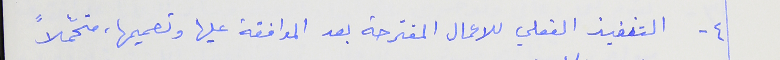
٤ - التنفيذ الفعلي للاعمال المقترحة بعد الموافقة عليها وتصميمها، متحمّلاً